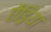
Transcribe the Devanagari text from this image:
ऐंड्रिया